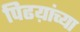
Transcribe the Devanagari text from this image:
पिढय़ांच्या